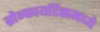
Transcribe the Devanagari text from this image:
ब्रोन्कायटिसमध्ये